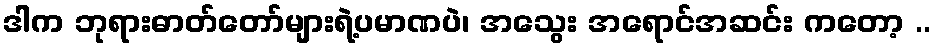
ဒါက ဘုရားဓာတ်တော်များရဲ့ပမာဏပဲ၊ အသွေး အရောင်အဆင်း ကတော့ ..